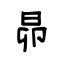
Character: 昴